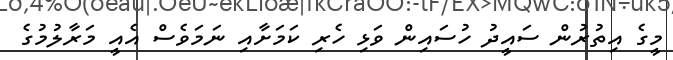
މީގެ އިތުރުން ސައީދު ހުސައިން ވަޅި ހެރި ކަމަށާއި ނަމަވެސް އެއީ މަރާލުމުގެ